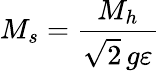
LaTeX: M_{s}=\frac{M_{h}}{\sqrt{2}\, g\varepsilon}